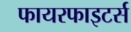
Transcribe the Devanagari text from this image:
फायरफाइटर्स